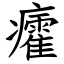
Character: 癨